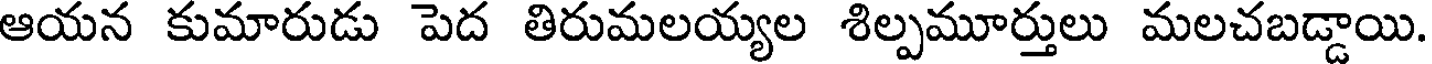
ఆయన కుమారుడు పెద తిరుమలయ్యల శిల్పమూర్తులు మలచబడ్డాయి.